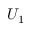
U _ { 1 }